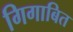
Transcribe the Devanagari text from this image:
गिगाबित